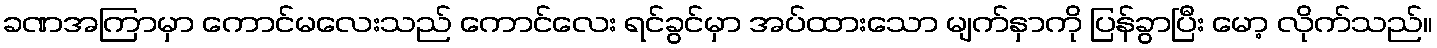
ခဏအကြာမှာ ကောင်မလေးသည် ကောင်လေး ရင်ခွင်မှာ အပ်ထားသော မျက်နှာကို ပြန်ခွာပြီး မော့ လိုက်သည်။